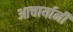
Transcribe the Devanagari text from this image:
आचार्यानी